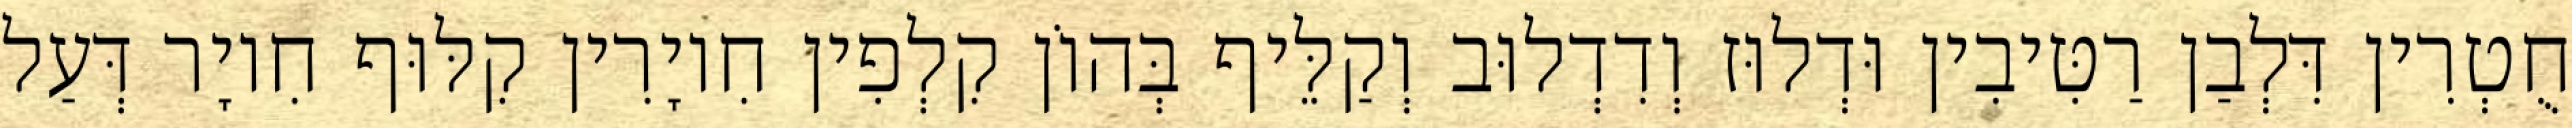
חֻטְרִין דִּלְבַן רַטִּיבִין וּדְלוּז וְדִדְלוּב וְקַלֵּיף בְּהוֹן קִלְפִין חִיוָרִין קִלּוּף חִיוָר דְּעַל